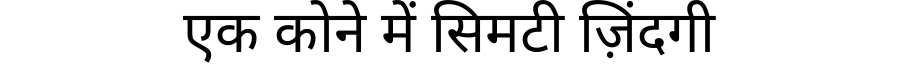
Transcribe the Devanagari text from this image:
एक कोने में सिमटी ज़िंदगी